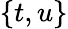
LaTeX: \left\{ t,u\right\}